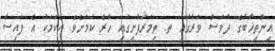
އިންތިޚާބުގެ ދުވަސް ވަރުގައި ތ. ތިމަރަފުށީގައި ހުރެ ކަމަށެވެ. އެކަމަކު އެ ފައިސާ